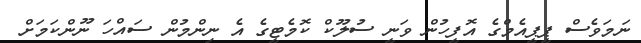
ނަމަވެސް ޕީޕީއެމްގެ އޮފީހުން ވަނީ ސުލޫކް ކޮމެޓީގެ އެ ނިންމުން ސައްހަ ނޫންކަމަށް